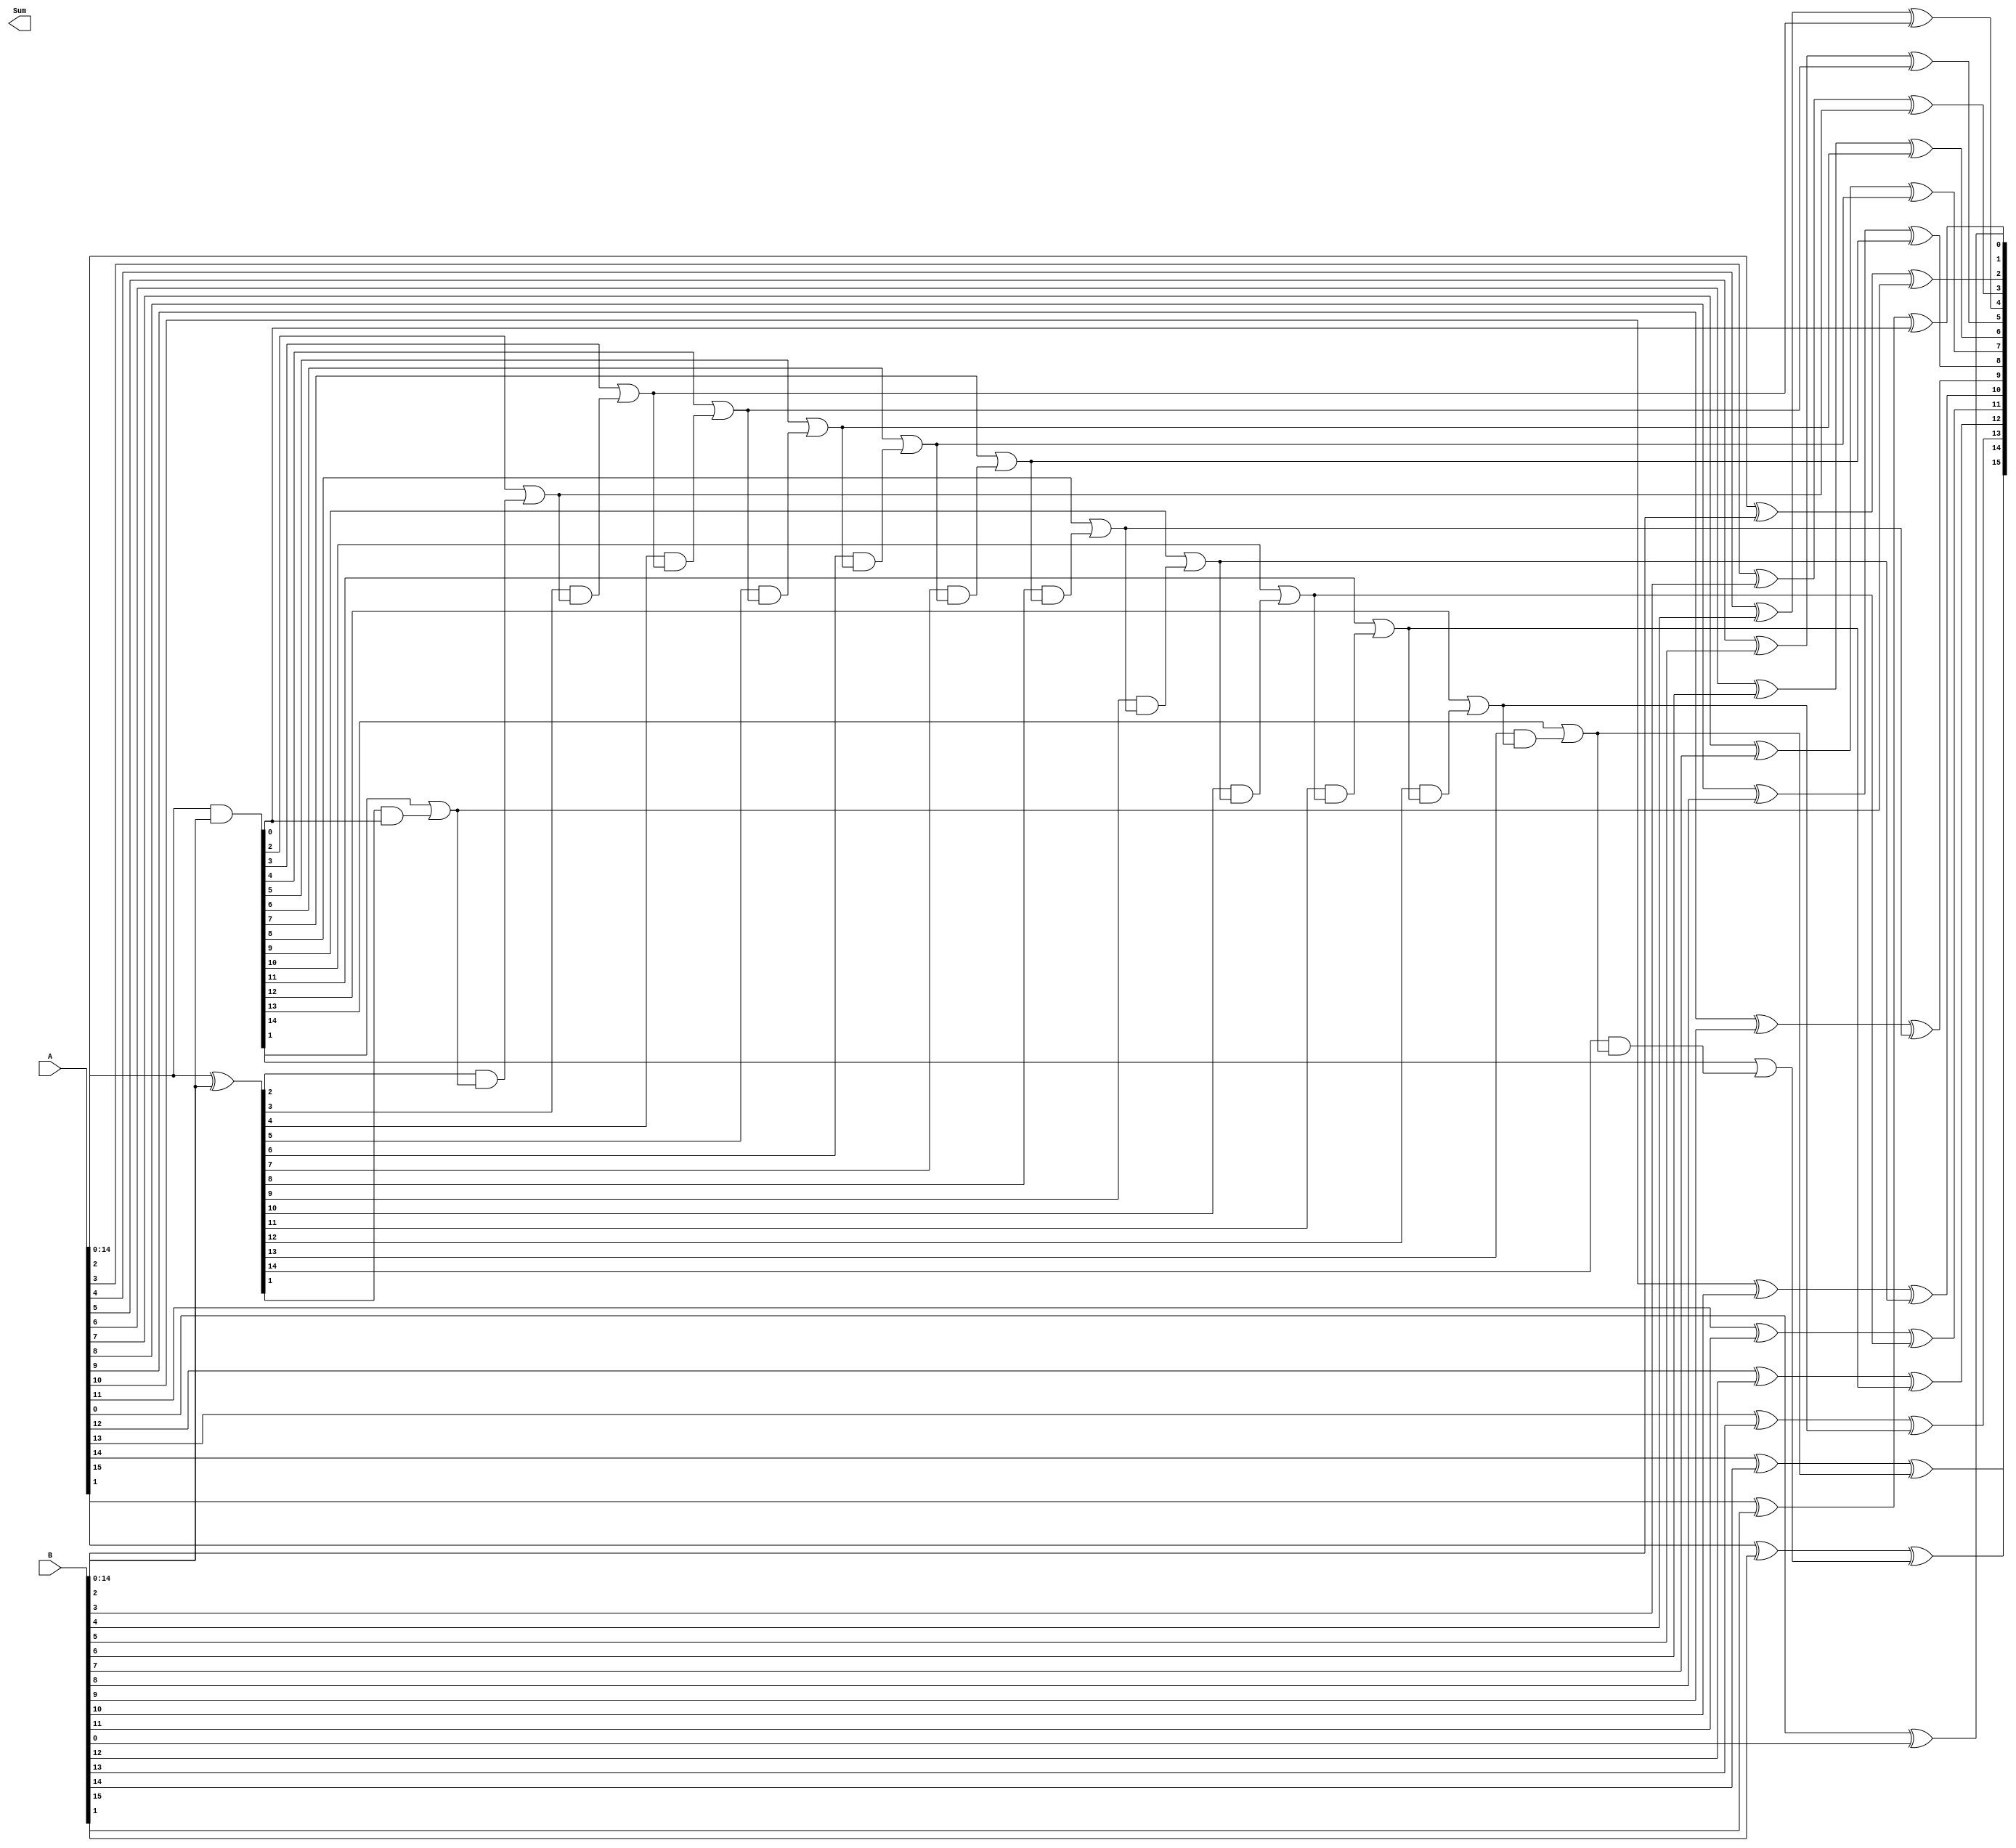
module CarryLookaheadAdder(
    input [15:0] A,
    input [15:0] B,
    output [16:0] Sum
);

wire [15:0] P, G, 
           C;
           
assign P = A ^ B;
assign G = A & B;
assign C[0] = 1'b0;

genvar i;
generate
    for (i = 0; i < 16; i = i + 1) begin: adder_stage
        assign C[i+1] = G[i] | (P[i] & C[i]);
        assign Sum[i] = A[i] ^ B[i] ^ C[i];
    end
endgenerate

assign Sum[16] = C[16];

endmodule